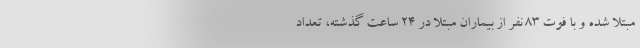
مبتلا شده و با فوت ۸۳ نفر از بیماران مبتلا در ۲۴ ساعت گذشته، تعداد